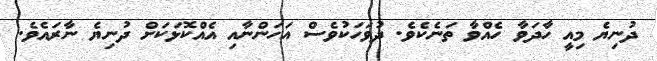
ދުނިޔެ މިއީ ހާދަވާ ހެއްވާ ތަނެކެވެ. ދުވަހަކުވެސް އަހަންނާއި އެއްކޮޅަކަށް ދުނިޔެ ނާރައެވެ.